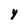
Character: Y